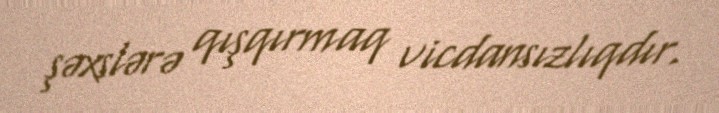
şəxslərə qışqırmaq vicdansızlıqdır.